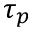
\tau _ { p }